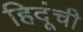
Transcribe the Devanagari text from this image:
हिदूंची